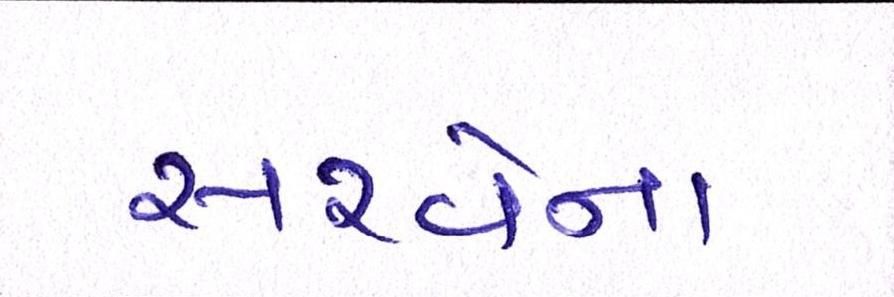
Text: સરવેના